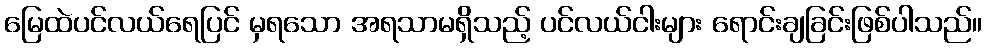
မြေထဲပင်လယ်ရေပြင် မှရသော အရသာမရှိသည့် ပင်လယ်ငါးများ ရောင်းချခြင်းဖြစ်ပါသည်။